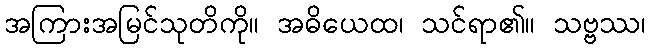
အကြားအမြင်သုတိကို။ အဓိယေထ၊ သင်ရာ၏။ သဗ္ဗဿ၊